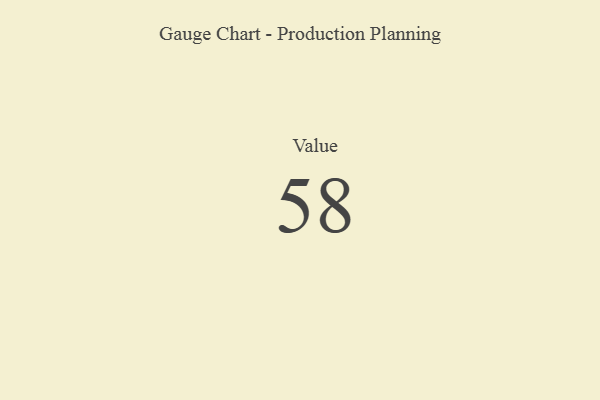
{"axis": {"x": "Metric", "y": "Value"}, "legend": [""], "data": [{"x": "Value", "y": 58, "type": ""}]}